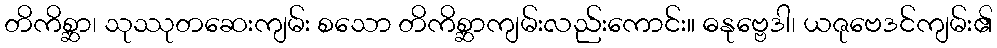
တိကိစ္ဆာ၊ သုဿုတဆေးကျမ်း စသော တိကိစ္ဆာကျမ်းလည်းကောင်း။ ဓနုဗ္ဗေဒါ၊ ယဇုဗေဒင်ကျမ်း၏